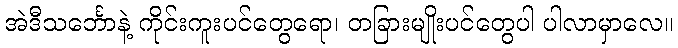
အဲဒီသင်္ဘောနဲ့ ကိုင်းကူးပင်တွေရော၊ တခြားမျိုးပင်တွေပါ ပါလာမှာလေ။